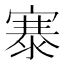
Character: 𪧦